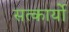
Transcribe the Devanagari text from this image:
सत्कार्यो